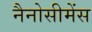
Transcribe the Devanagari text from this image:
नैनोसीमेंस